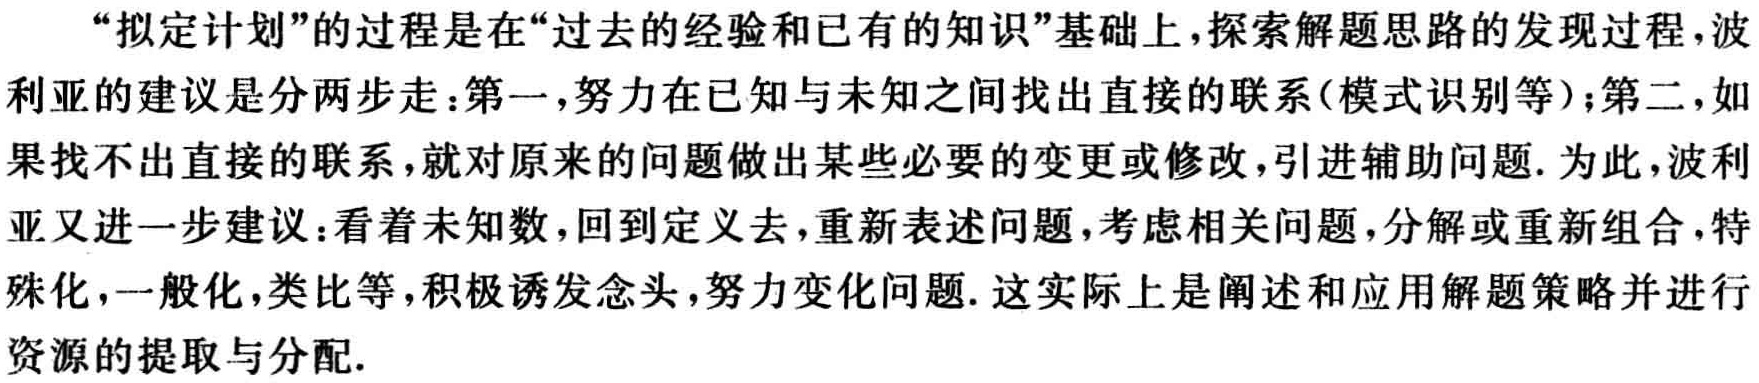
“拟定计划”的过程是在“过去的经验和已有的知识”基础上，探索解题思路的发现过程，波利亚的建议是分两步走：第一，努力在已知与未知之间找出直接的联系(模式识别等)；第二，如果找不出直接的联系，就对原来的问题做出某些必要的变更或修改，引进辅助问题. 为此，波利亚又进一步建议：看着未知数，回到定义去，重新表述问题，考虑相关问题，分解或重新组合，特殊化，一般化，类比等，积极诱发念头，努力变化问题. 这实际上是阐述和应用解题策略并进行资源的提取与分配.